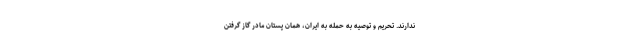
ندارند. تحریم و توصیه به حمله به ایران، همان پستان مادر گاز گرفتن